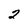
Character: 2